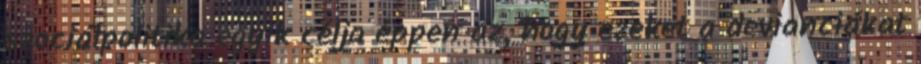
szociálpolitika egyik célja éppen az, hogy ezeket a devianciákat